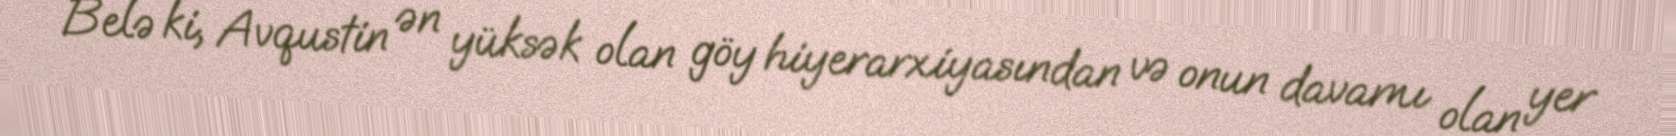
Belə ki, Avqustin ən yüksək olan göy hiyerarxiyasından və onun davamı olan yer